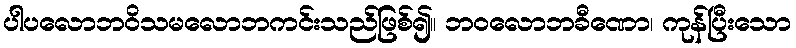
ပါပလောဘဝိသမလောဘကင်းသည်ဖြစ်၍။ ဘဝလောဘခီဏော၊ ကုန်ပြီးသော